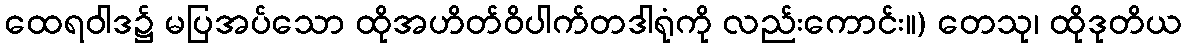
ထေရဝါဒ၌ မပြအပ်သော ထိုအဟိတ်ဝိပါက်တဒါရုံကို လည်းကောင်း။) တေသု၊ ထိုဒုတိယ